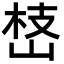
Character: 㟚